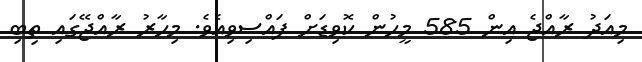
މިއަދު ރާއްޖެ އިން 585 މީހުން ކޮވިޑަށް ފައްސިވިއެވެ. މިހާރު ރާއްޖޭގައި ތިބި